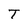
Character: T